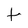
Character: t